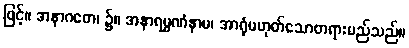
ဖြင့်။ အနာဂတေ၊ ၌။ အနာရမ္မဏံနာမ၊ အာရုံမဟုတ်သောတရားမည်သည်။